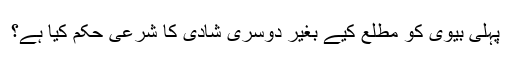
پہلی بیوی کو مطلع کیے بغیر دوسری شادی کا شرعی حکم کیا ہے؟